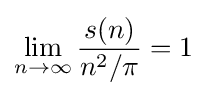
\lim _{n\to \infty }{\frac {s(n)}{n^{2}/\pi }}=1